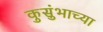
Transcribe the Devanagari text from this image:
कुसुंभाच्या